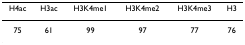
<table><thead><tr><td><b>H4ac</b></td><td><b>H3ac</b></td><td><b>H3K4me1</b></td><td><b>H3K4me2</b></td><td><b>H3K4me3</b></td><td><b>H3</b></td></tr></thead><tbody><tr><td>75</td><td>61</td><td>99</td><td>97</td><td>77</td><td>76</td></tr></tbody></table>